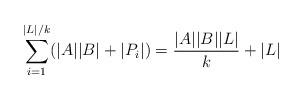
LaTeX: \begin{align*}\sum_{i=1}^{|L|/k}(|A||B|+|P_i|) = \frac{|A||B||L|}k + |L|\end{align*}